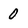
Character: 0